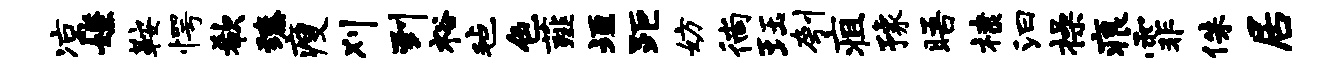
凉嫌鞍愕欷臻瘦刈到裕毡色薤垣距妨徜珏刳疽豫晤棣汩操痕霏侏居